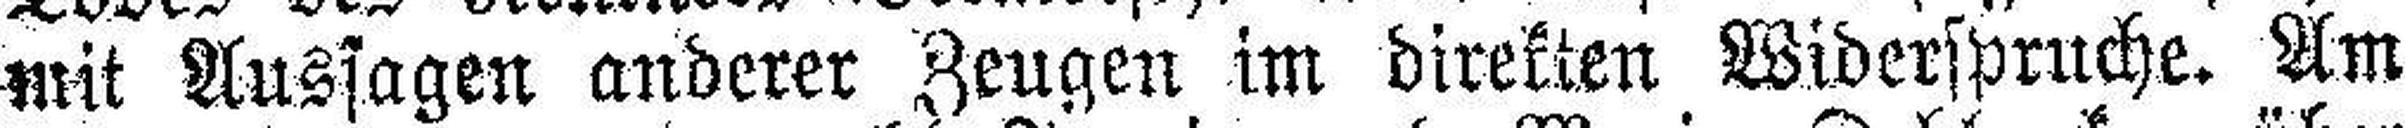
mit Aussagen anderer Zeugen im direkten Widerspruche. Am